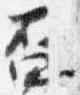
盃